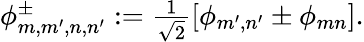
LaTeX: \begin{array}{r}{\phi_{m,m^{\prime},n,n^{\prime}}^{\pm}:=\frac{1}{\sqrt{2}}[\phi_{m^{\prime},n^{\prime}}\pm\phi_{mn}].}\end{array}